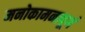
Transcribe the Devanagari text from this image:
मनोकामनापूर्ण